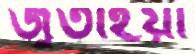
জুতাইয়া